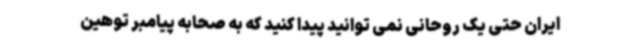
ایران حتی یک روحانی نمی توانید پیدا کنید که به صحابه پیامبر توهین